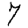
Digit: 7